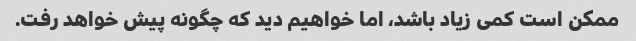
ممکن است کمی زیاد باشد، اما خواهیم دید که چگونه پیش خواهد رفت.